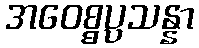
အဝေစ္စပ္ပသန္နာ